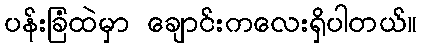
ပန်းခြံထဲမှာ ချောင်းကလေးရှိပါတယ်။